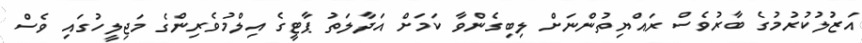
އަޒުލުކުރުމުގެ ބާރުވެސް ރައްޔިތުންނަށް ލިބިގެންވާ ކަމަށް އަދާލަތު ޕާޓީގެ އިލްމުވެރިންގެ މަޖިލީހުގައި ވެސް